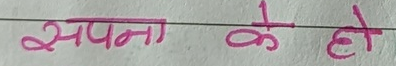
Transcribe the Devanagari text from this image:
सपना के हो